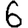
Digit: 6